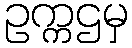
ဥက္ကဌမှ